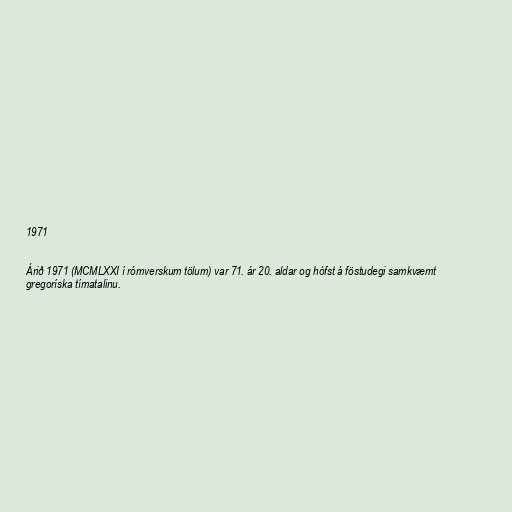
1971

Árið 1971 (MCMLXXI í rómverskum tölum) var 71. ár 20. aldar og hófst á föstudegi samkvæmt
gregoríska tímatalinu.